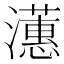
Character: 𪷺